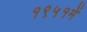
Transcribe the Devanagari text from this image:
१९५१में